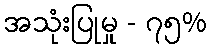
အသုံးပြုမှု - ၇၅%